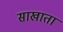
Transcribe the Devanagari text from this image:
साखाता